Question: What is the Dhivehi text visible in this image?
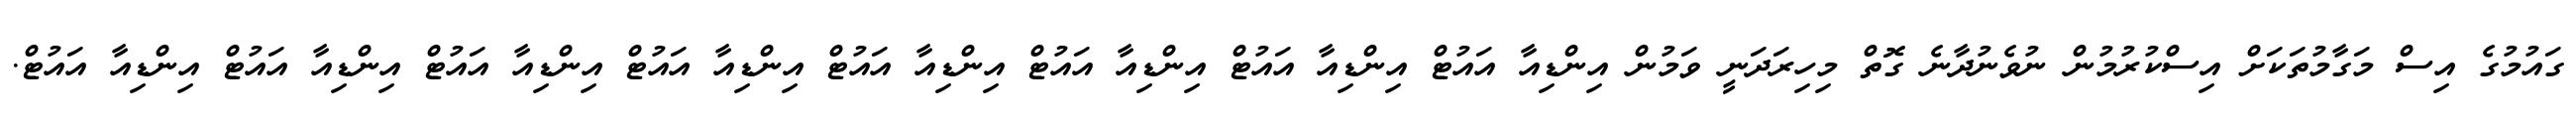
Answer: ގައުމުގެ އިސް މަގާމުތަކަށް އިސްކުރުމުން ނުވެނުދާނެ ގޮތް މިހިރަދަނީ ވަމުން އިންޑިއާ އައުޓް އިންޑިއާ އައުޓް އިންޑިއާ އައުޓް އިންޑިއާ އައުޓް އިންޑިއާ އައުޓް އިންޑިއާ އައުޓް އިންޑިއާ އައުޓް އިންޑިއާ އައުޓް.